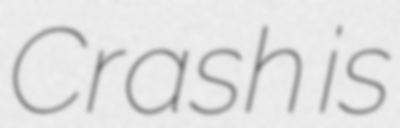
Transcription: Crash is